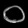
Digit: ၀